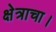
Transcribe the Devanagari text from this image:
क्षेत्राचा।